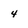
Character: 4